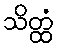
သိတ္ထံ